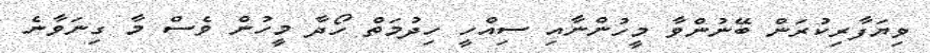
ވިޔަފާރިކުރަން ބޭނުންވާ މީހުންނާއި ސިއްހީ ހިދުމަތް ހޯދާ މީހުން ވެސް މާ ގިނަވާނެ